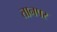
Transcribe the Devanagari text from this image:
तानपर